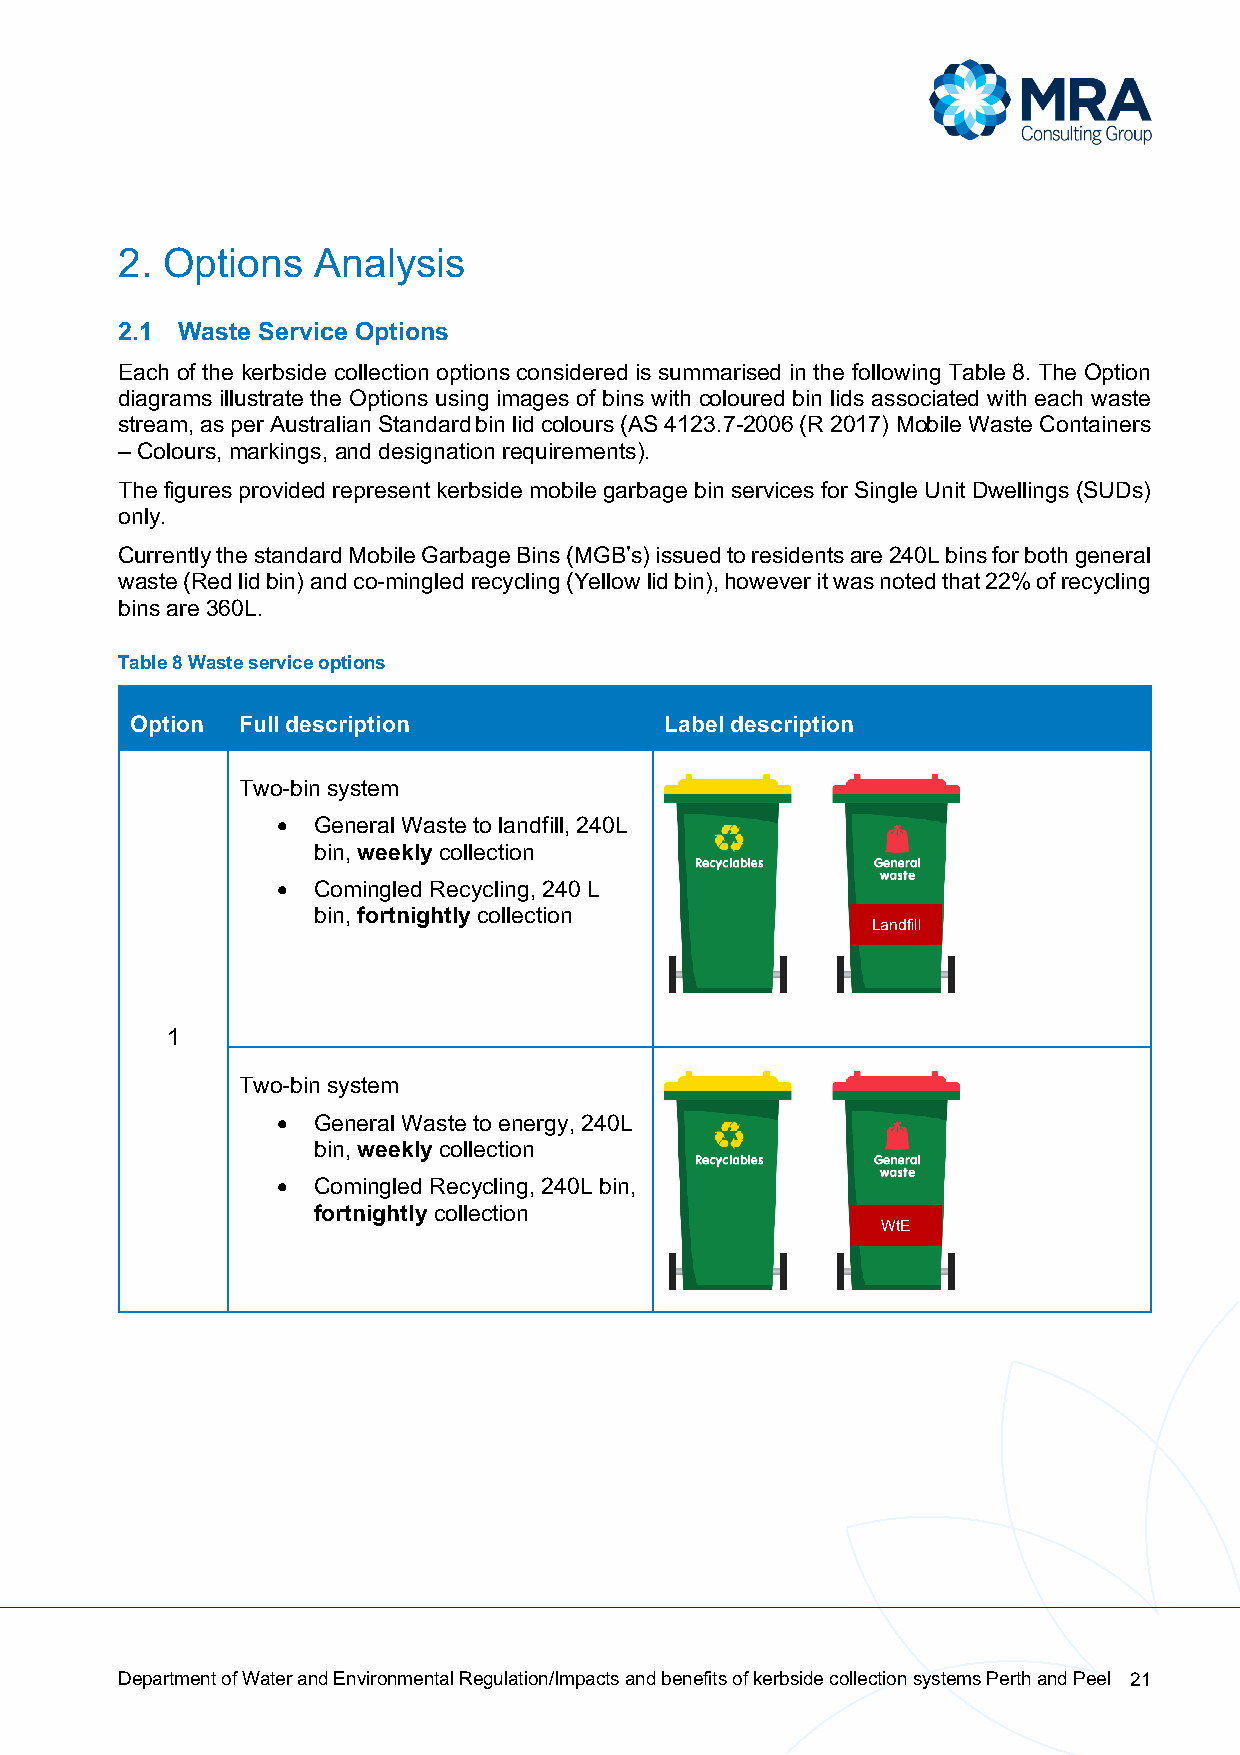
2. Options   Analysis
 2.1 Waste Service Options
 Each of the kerbside collection options considered is summarised in the following Table 8. The Option
 diagrams illustrate the Options using images of bins with coloured bin lids associated with each waste
 stream, as per Australian Standard bin lid colours (AS 4123.7-2006 (R 2017) Mobile Waste Containers
 – Colours, markings, and designation requirements).
 The figures provided represent kerbside mobile garbage bin services for Single Unit Dwellings (SUDs)
 only.
 Currently the standard Mobile Garbage Bins (MGB’s) issued to residents are 240L bins for both general
 waste (Red lid bin) and co-mingled recycling (Yellow lid bin), however it was noted that 22% of recycling
 bins are 360L.
 Table 8 Waste service options
 Option Full description            Label description
 Two-bin system
 •  General Waste to landfill, 240L
 bin, weekly collection
 •  Comingled Recycling, 240 L
 bin, fortnightly collection
 Landfill
 1
 Two-bin system
 •  General Waste to energy, 240L
 bin, weekly collection
 •  Comingled Recycling, 240L bin,
 fortnightly collection
 WtE
 Department of Water and Environmental Regulation/Impacts and benefits of kerbside collection systems Perth and Peel 21